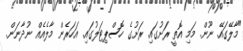
"މާލޭގައޭ. ނޫން. މަމި އޮތީ ރަށުގައި. ރަށުގެ ހޮސްޕިޓަލުގައި. އަހަރެން މާލެއެއް ނުދާނަން.